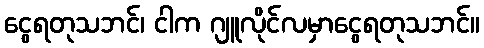
ငွေရတုသဘင်၊ ငါက ဂျူလိုင်လမှာငွေရတုသဘင်။